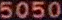
5050